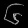
Digit: ၆